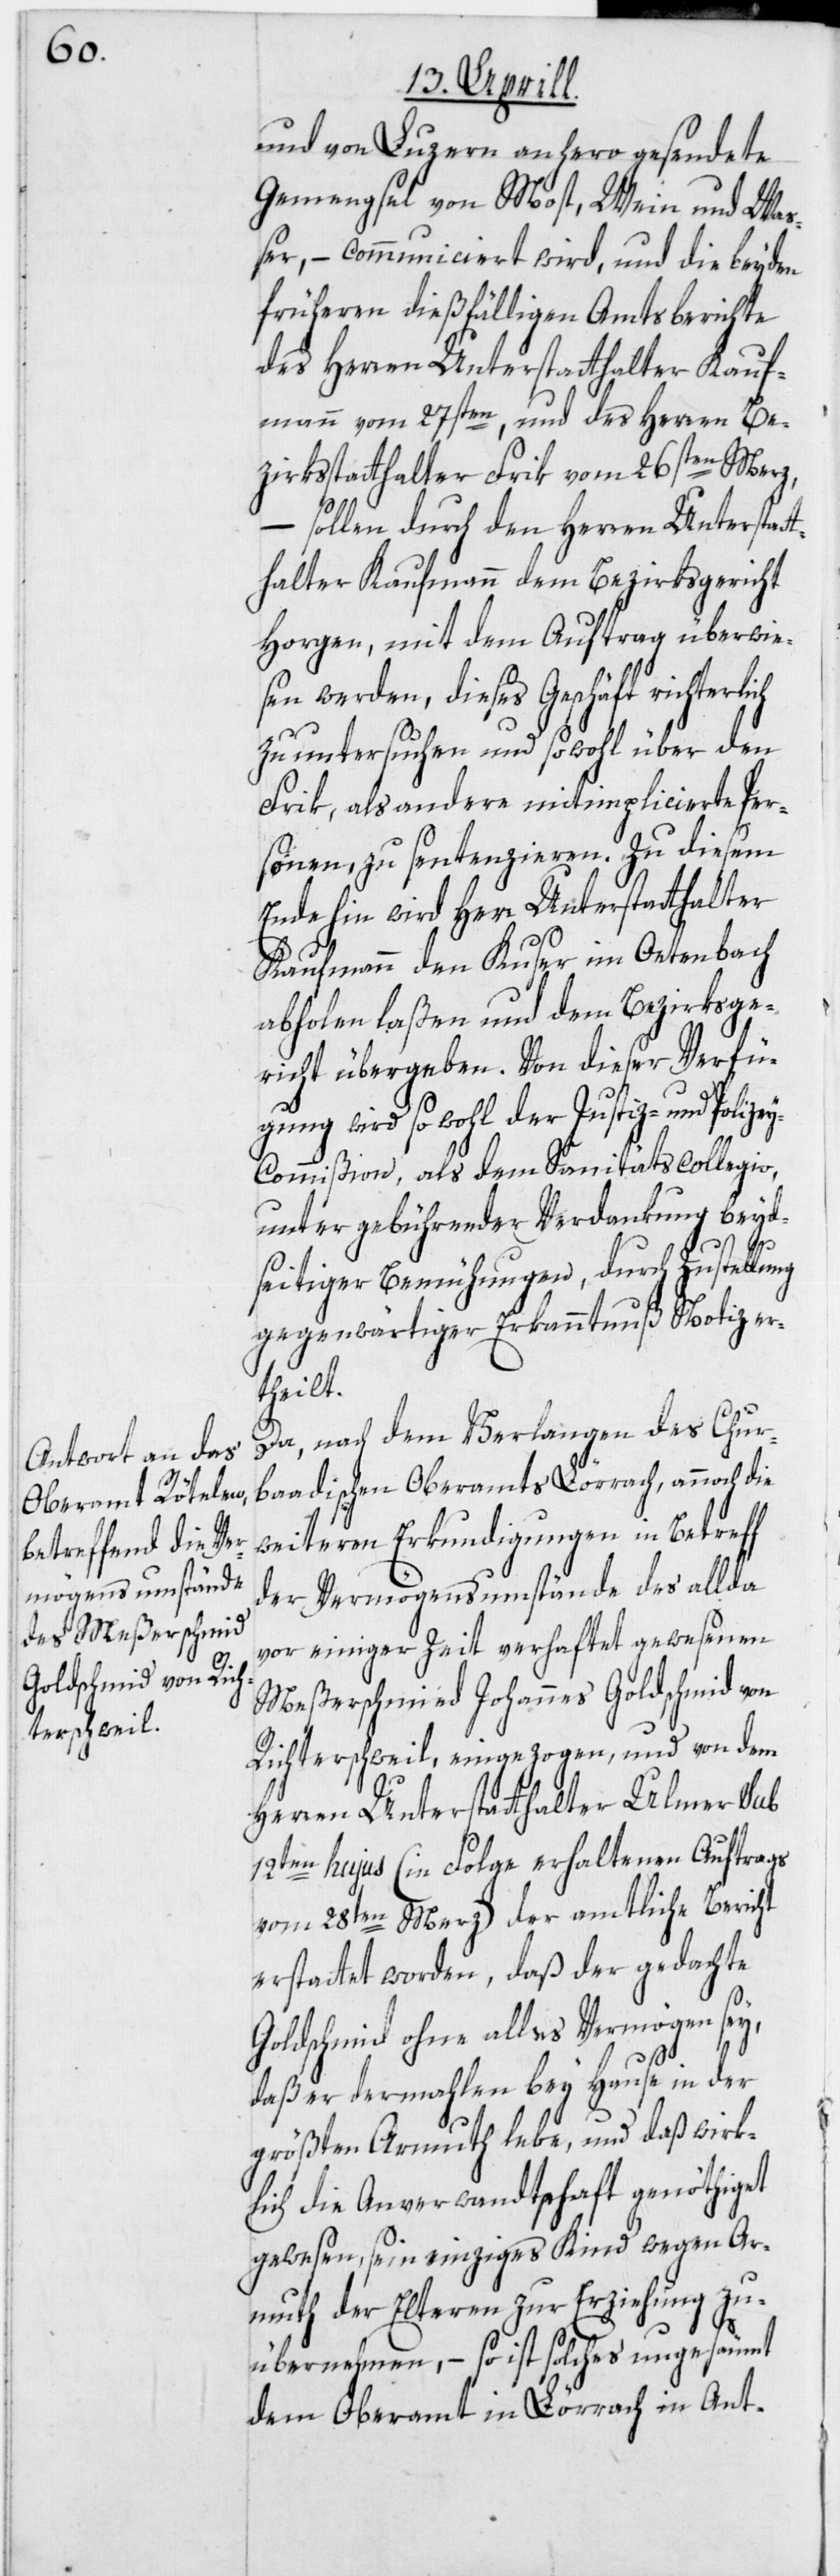
von Luzern anhero gesendete
Gemengsel von Most, Wein und Wa¬
ßer, – communiciert wird, und die beyden
früheren dießfälligen Amtsberichte
des Herren Unterstatthalter Kauf¬
mann vom 27ten, und des Herren Be¬
zirksstatthalter Frik vom 26ten Merz,
– sollen durch den Herren Unterstatt¬
halter Kaufmann dem Bezirksgericht
Horgen, mit dem Auftrag überwie¬
sen werden, dieses Geschäft richterlich
zu untersuchen und sowohl über den
Frik, als andere mitimplicierte Per¬
sonen, zu sentenzieren. Zu diesem
Ende hin wird Herr Unterstatthalter
Kaufmann den Kuser im Oetenbach
abholen laßen und dem Bezirksge¬
richt übergeben. Von dieser Verfü¬
gung wird sowohl der Justiz- und Polize¬
y-Commißion, als dem Sanitätscollegio,
unter gebührender Verdankung beyd¬
seitiger Bemühungen, durch Zustellung
gegenwärtiger Erkanntnuß Notiz er¬
theilt.
Da, nach dem Verlangen des Chur¬
baadischen Oberamts Lörrach, annoch die
weiteren Erkundigungen in Betreff
der Vermögensumstände des allda
vor einiger Zeit verhaftet gewesenen
Meßerschmied Johannes Goldschmid von
Richterschweil, eingezogen, und von dem
Herren Unterstatthalter Ulmer sub
12ten hujus (in Folge erhaltenen Auftrags
vom 28ten Merz) der amtliche Bericht
erstattet worden, daß der gedachte
Goldschmid ohne alles Vermögen sey,
daß er dermahlen bey Hause in der
größten Armuth lebe, und daß wirk¬
lich die Anverwandtschaft genöthiget
gewesen, sein einziges Kind wegen Ar¬
muth der Elteren zur Erziehung zu
übernehmen, – so ist solches ungesäumt
dem Oberamt in Lörrach in Ant-